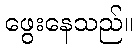
ဖွေးနေသည်။